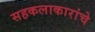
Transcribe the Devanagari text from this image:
सहकलाकारांचे